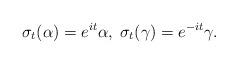
LaTeX: \begin{align*}\sigma_t (\alpha) = e^{it}\alpha,\; \sigma_t (\gamma) = e^{-it}\gamma .\end{align*}